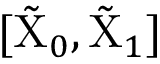
[ \tilde { \mathrm { X } } _ { 0 } , \tilde { \mathrm { X } } _ { 1 } ]